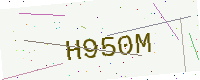
Text: H950M